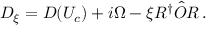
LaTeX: D _ { \xi } = D ( U _ { c } ) + i \Omega - \xi R ^ { \dagger } \hat { O } R \, .